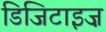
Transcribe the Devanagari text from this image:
डिजिटाइज़